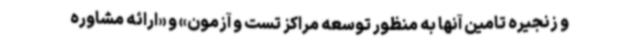
و زنجیره تامین آنها به منظور توسعه مراکز تست و آزمون» و «ارائه مشاوره